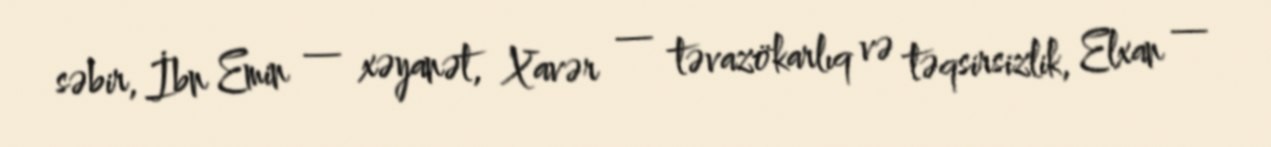
səbir, İbn Emin — xəyanət, Xavər — təvazökarlıq və təqsirsizlik, Elxan —